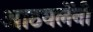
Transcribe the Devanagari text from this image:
आठवलेंनी